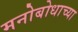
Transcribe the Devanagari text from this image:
मनोबोधाच्या